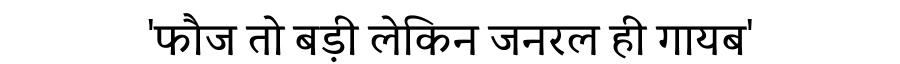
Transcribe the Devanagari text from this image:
'फौज तो बड़ी लेकिन जनरल ही गायब'